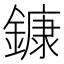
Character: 鏮